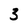
Character: 3